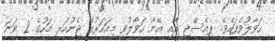
ހަވާލުވެފައެވެ. ޕީއެސްޖީ އާއި އޭނާ ހަވާލުވީ މިއަހަރުގެ ޖެނުއަރީ މަހުގެ 2 ވަނަ